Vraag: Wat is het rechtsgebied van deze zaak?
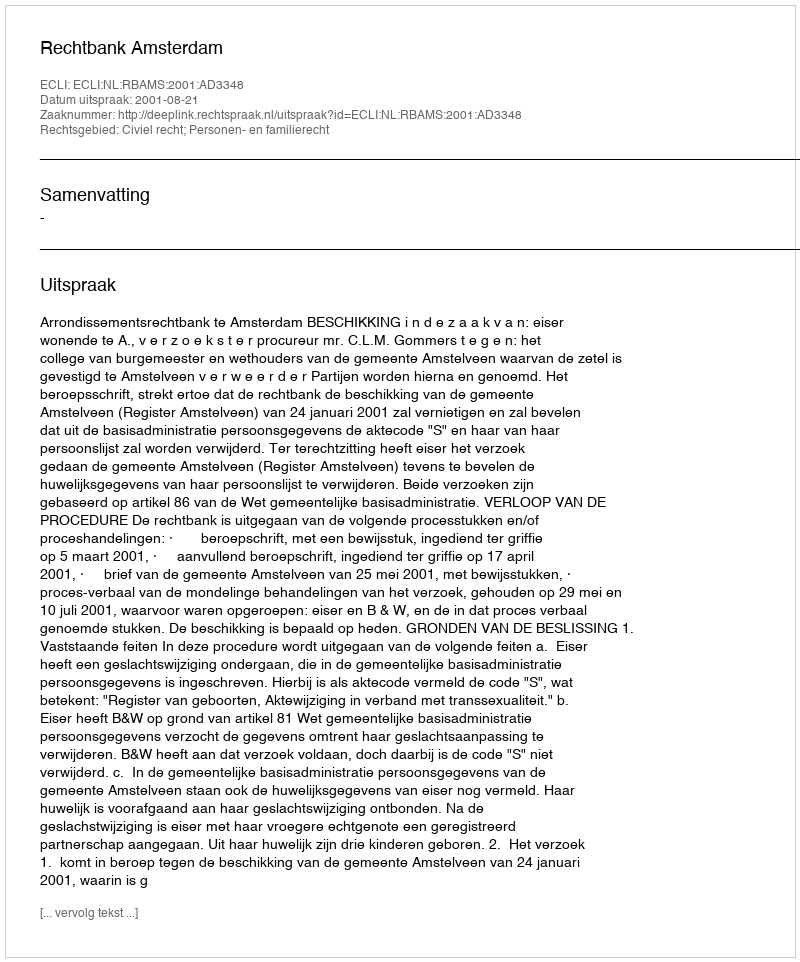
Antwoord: Civiel recht; Personen- en familierecht